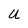
Character: U